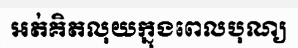
អត់គិតលុយក្នុងពេលបុណ្យ